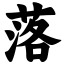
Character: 落